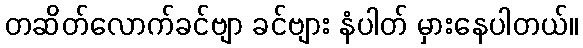
တဆိတ်လောက်ခင်ဗျာ ခင်ဗျား နံပါတ် မှားနေပါတယ်။